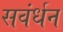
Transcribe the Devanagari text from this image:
सवंर्धन